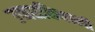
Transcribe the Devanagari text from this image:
उच्चशक्तिवाली